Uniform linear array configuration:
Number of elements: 24
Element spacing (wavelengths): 0.5
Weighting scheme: binomial
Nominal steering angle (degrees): -45
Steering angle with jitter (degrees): -46.914
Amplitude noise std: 0.05
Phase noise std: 0.05

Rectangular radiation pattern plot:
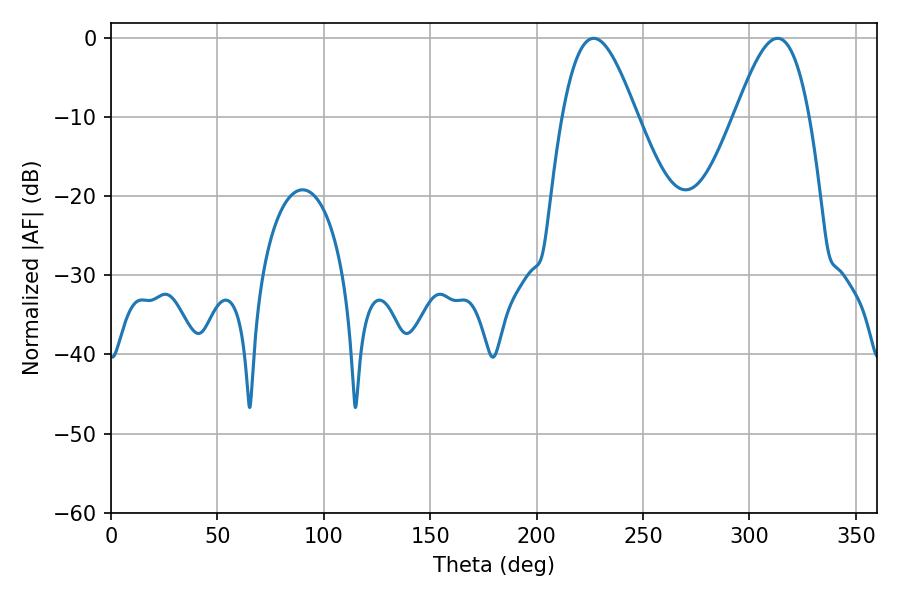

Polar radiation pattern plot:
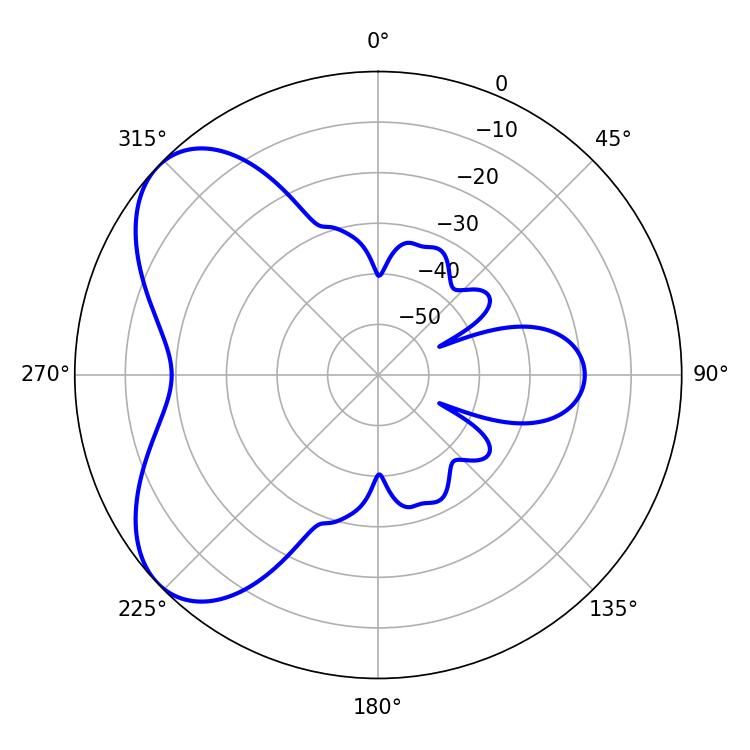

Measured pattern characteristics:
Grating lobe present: FALSE
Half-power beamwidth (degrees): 18.72
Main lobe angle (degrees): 226.8